Report of an investigation into the causes of malaria in Bombay and the measures necessary for its control
Disease focus: Malaria
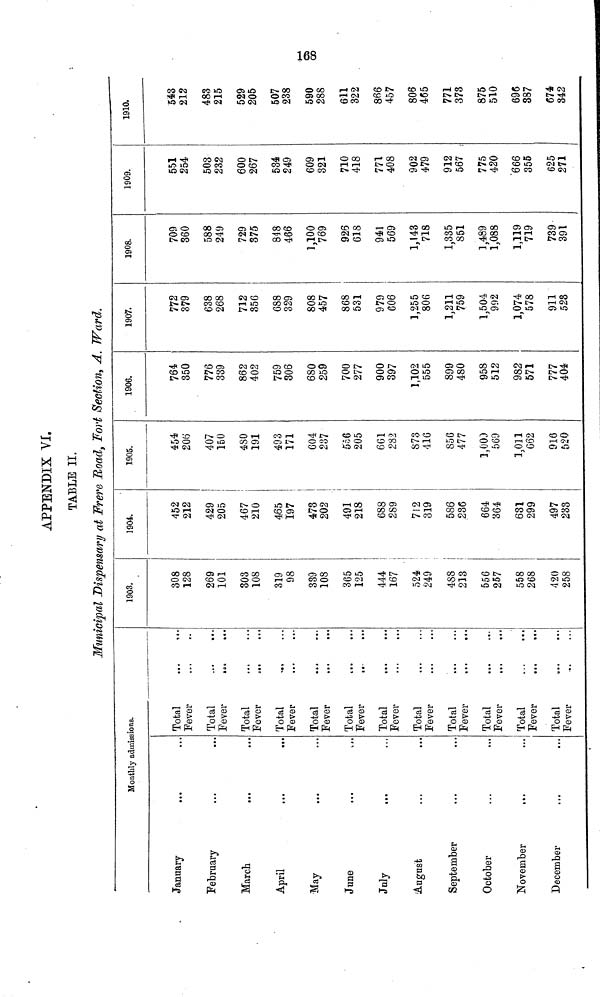
00
APPENDIX VI.
TABLE II.
Municipal Dispensary at Frere Road, Fort Section, A. Ward.
Monthly admissions.
January
February
March
April
May
June
July
August
September
October
November
...
December
Total
Fever
Total
Fever
Total
Fever
Total
Fever
Total
Fever
Total
Fever
Total
Fever
Total
Fever
Total
Fever
Total
Fever
Total
Fever
...
...
Total
Fever
1903.
308
128
269
101
303
108
319
98
339
108
365
125
444
167
524
249
488
233 !
556
257
558
268
420
258
1904.
452
212
429
205
467
210
465
197
473
202
491
218
688
289
712
319
586
236
664
364
631
299
497
233
1905.
454
206
407
150
480
191
493
171
604
237
556
205
661
282
873
410
856
477
3,000
569
1,011
662
916
520
1906.
764
350
776
339
862
402
759
306
680
259
700
277
900
397
1,102
555
899
480
958
512
982
571
777
404
1907.
772
379
638
268
712
356
688
329
808
457
868
531
979
606
1,255
806
1,211
759
1,504
992
1,074
578
911
528
1908.
709
360
588
249
729
375
848
466
1,100
769
926
618
941
569
1,143
718
1,335
851
1,489
1,088
1,119
719
739
391
1909.
551
254
503
232
600
267
534
249
609
321
710
418
771
408
902
479
912
567
775
420
666
355
625
271
1910.
543
212
483
215
529
205
507
238
590
288
611
322
866
457
806
465
771
373
875
510
696
387
674
342